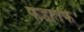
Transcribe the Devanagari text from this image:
फंडातर्फे